On a parasite found in the white corpuscles of the blood of dogs - Number 14
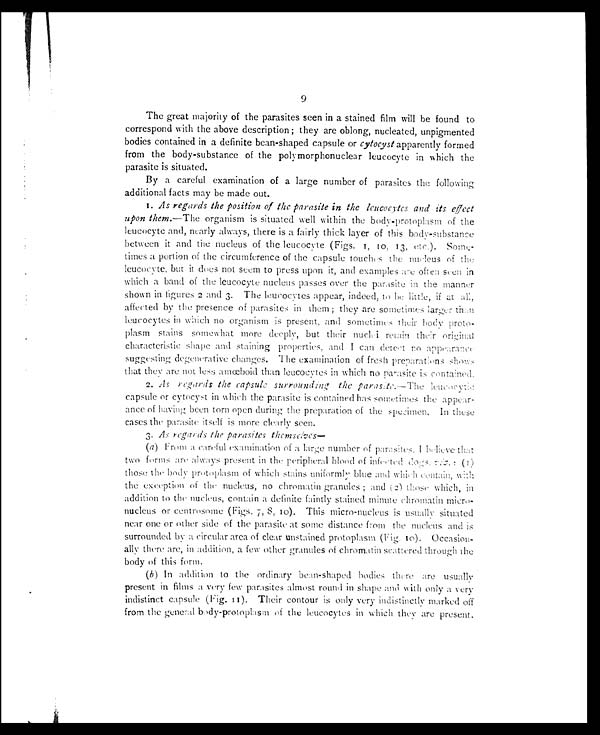
9
The great majority of the parasites seen in a stained film will be found to
correspond with the above description ; they are oblong, nucleated, unpigmented
bodies contained in a definite bean-shaped capsule or cytocyst apparently formed
from the body-substance of the polymorphonuclear leucocyte in which the
parasite is situated.
By a careful examination of a large number of parasites the following
additional facts may be made out.
1. As regards the position of the parasite in the leucocytes and its effect
upon them. —The organism is situated well within the body-protoplasm of the
leucocyte and, nearly always, there is a fairly thick layer of this body-substance
between it and the nucleus of the leucocyte (Figs. 1, 10, 13, etc.). Some-
times a portion of the circumference of the capsule touches the nucleus of the
leucocyte, but it does not seem to press upon it, and examples are often seen in
which a band of the leucocyte nucleus passes over the parasite in the manner
shown in figures 2 and 3. The leucocytes appear, indeed, to be little, if at all,
affected by the presence of parasites in them ; they are sometimes larger than
leucocytes in which no organism is present, and sometimes their body proto-
plasm stains somewhat more deeply, but their nuclei retain their original
characteristic shape and staining properties, and I can detect no appearance
suggesting degenerative changes. The examination of fresh preparations shows
that they are not less amœboid than leucocytes in which no parasite is contained.
2.
As regards the capsule surrounding the parasite.—The leucocytic
capsule or cytocyst in which the parasite is contained has sometimes the appear-
ance of having been torn open during the preparation of the specimen. In these
cases the parasite itself is more clearly seen.
3. As regards the parasites themselves
—
(a) From a careful examination of a large number of parasites. I believe that
two forms are always present in the peripheral blood of infected dogs, viz.:
(1)
those the body protoplasm of which stains uniformly blue and which contain, with
the exception of the nucleus, no chromatin granules ; and (2) those which, in
addition to the nucleus, contain a definite faintly stained minute chromatin micro-
nucleus or centrosome (Figs. 7, 8, 10). This micro-nucleus is usually situated
near one or other side of the parasite at some distance from the nucleus and is
surrounded by a circular area of clear unstained protoplasm (Fig. 10). Occasion-
ally there are, in addition, a few other granules of chromatin scattered through the
body of this form.
(b) In addition to the ordinary bean-shaped bodies there are usually
present in films a very few parasites almost round in shape and with only a very
indistinct capsule (Fig. 11). Their contour is only very indistinctly marked off
from the general body-protoplasm of the leucocytes in which they are present.